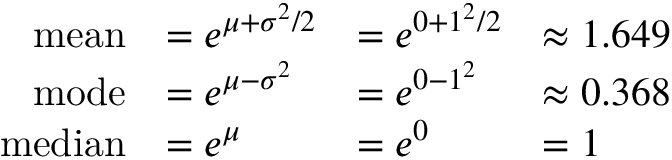
{ \begin{array} { r l l l } { { \mathrm { m e a n } } } & { = e ^ { \mu + \sigma ^ { 2 } / 2 } } & { = e ^ { 0 + 1 ^ { 2 } / 2 } } & { \approx 1 . 6 4 9 } \\ { { \mathrm { m o d e } } } & { = e ^ { \mu - \sigma ^ { 2 } } } & { = e ^ { 0 - 1 ^ { 2 } } } & { \approx 0 . 3 6 8 } \\ { { \mathrm { m e d i a n } } } & { = e ^ { \mu } } & { = e ^ { 0 } } & { = 1 } \end{array} }